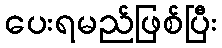
ပေးရမည်ဖြစ်ပြီး